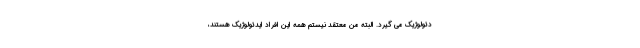
دئولوژیک می گیرد. البته من معتقد نیستم همه این افراد ایدئولوژیک هستند،